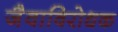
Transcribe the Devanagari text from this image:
जैवाविरोधक